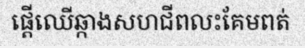
ផ្តើឈើឆ្កាងសហជីពលះគែមពត់